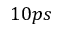
1 0 p s